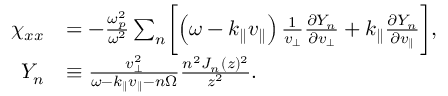
\begin{array} { r l } { \chi _ { x x } } & { = - \frac { \omega _ { p } ^ { 2 } } { \omega ^ { 2 } } \sum _ { n } \biggl [ \left( \omega - k _ { \parallel } v _ { \parallel } \right) \frac { 1 } { v _ { \perp } } \frac { \partial Y _ { n } } { \partial v _ { \perp } } + k _ { \parallel } \frac { \partial Y _ { n } } { \partial v _ { \parallel } } \biggr ] , } \\ { Y _ { n } } & { \equiv \frac { v _ { \perp } ^ { 2 } } { \omega - k _ { \parallel } v _ { \parallel } - n \Omega } \frac { n ^ { 2 } J _ { n } ( z ) ^ { 2 } } { z ^ { 2 } } . } \end{array}